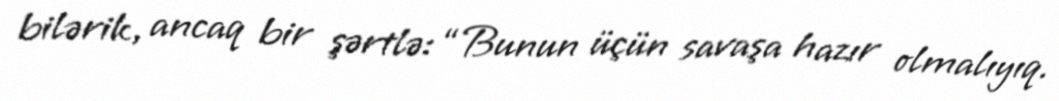
bilərik, ancaq bir şərtlə: “Bunun üçün savaşa hazır olmalıyıq.